65_HS1-834228961_62-HQ-83894_Section_6
Agency: FBI
Page 38
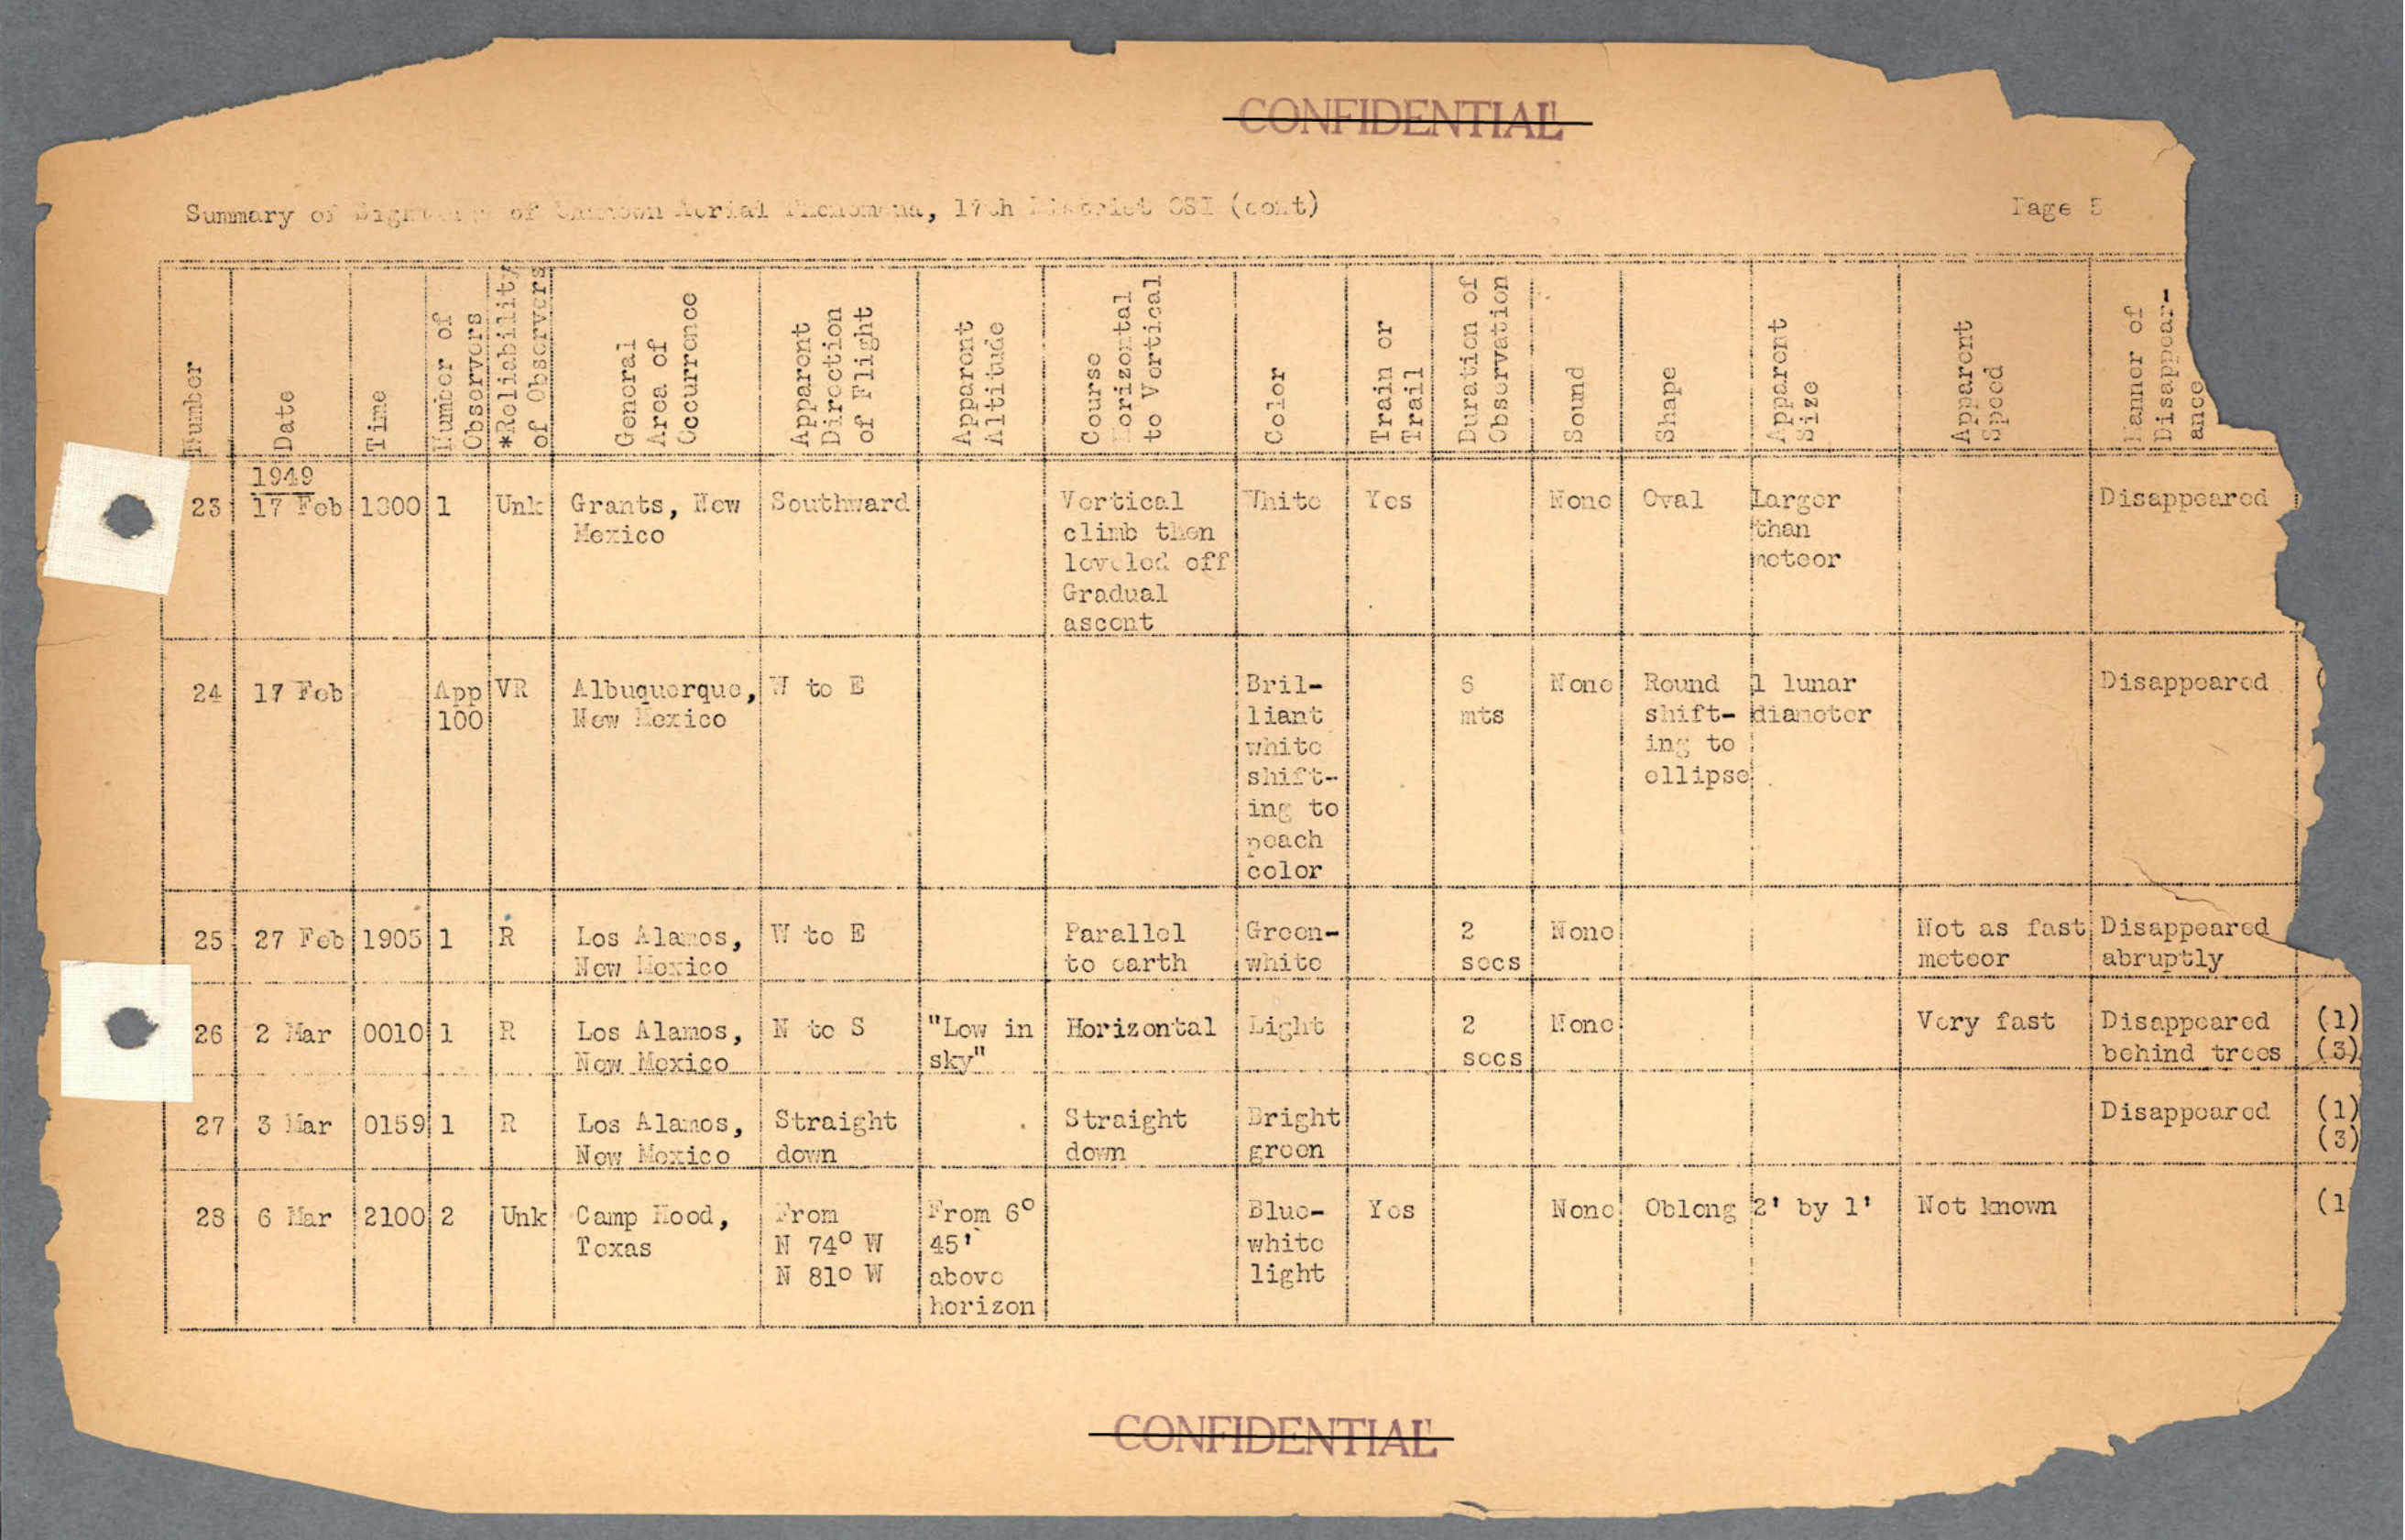